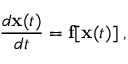
\frac { d { \bf x } ( t ) } { d t } = { \bf f } [ { \bf x } ( t ) ] \; ,